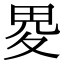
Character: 畟